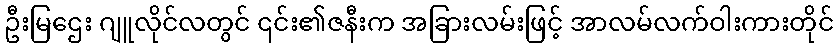
ဦးမြဌေး ဂျူလိုင်လတွင် ၎င်း၏ဇနီးက အခြားလမ်းဖြင့် အာလမ်လက်ဝါးကားတိုင်